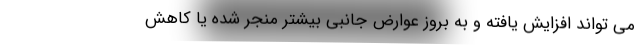
می تواند افزایش یافته و به بروز عوارض جانبی بیشتر منجر شده یا کاهش